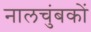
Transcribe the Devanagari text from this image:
नालचुंबकों